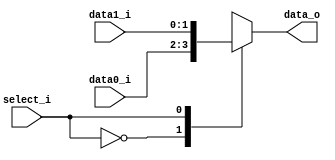
`timescale 1ns / 1ps
//Subject:     CO project 4 - MUX 221
//--------------------------------------------------------------------------------
//Version:     1
//--------------------------------------------------------------------------------
//Writer:      0510002 K 0510009 i
//--------------------------------------------------------------------------------
//--------------------------------------------------------------------------------
//Description: 
//--------------------------------------------------------------------------------
     
module MUX_2to1(
    data0_i,   //size-1 bit data0_i (input)
    data1_i,   //size-1 bit data1_i (input)
    select_i,  //1 bit select_i     (input)
    data_o     //size-1 bit data_o  (output)
    );

parameter size = 0;
//I/O ports               
input   [size-1:0] data0_i;
input   [size-1:0] data1_i;
input              select_i;
output  [size-1:0] data_o;

//Internal Signals
reg     [size-1:0] data_o;
//Main function
always@ (*) begin
	case (select_i)
		1'b0: data_o <= data0_i;
		1'b1: data_o <= data1_i;
	endcase
end

endmodule